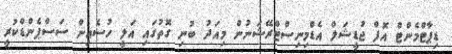
ޑިޕާޓްމެންޓް އޮފް ޖުޑީޝަލް އެޑްމިނިސްޓްރޭޝަނުން މިއަދު ބުނި ގޮތުގައި އަލީ ހުސެއިން ސަސްޕެންޑްކުރީ